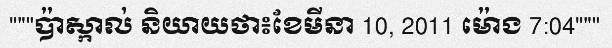
"""ប៉ាស្កាល់ និយាយថា៖ខែមីនា 10, 2011 ម៉ោង 7:04"""